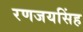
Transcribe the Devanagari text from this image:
रणजयसिंह